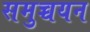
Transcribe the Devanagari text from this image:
समुच्चयन